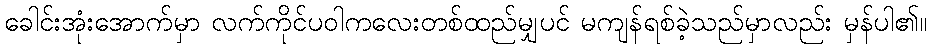
ခေါင်းအုံးအောက်မှာ လက်ကိုင်ပဝါကလေးတစ်ထည်မျှပင် မကျန်ရစ်ခဲ့သည်မှာလည်း မှန်ပါ၏။